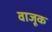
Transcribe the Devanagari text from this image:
वाजूक